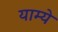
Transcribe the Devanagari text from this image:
याम्ये